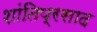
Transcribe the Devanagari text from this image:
शांतिप्रसाद